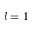
l = 1